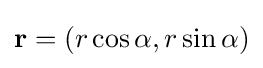
\mathbf {r} =(r\cos \alpha ,r\sin \alpha )